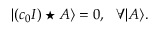
| ( c _ { 0 } I ) \star A \rangle = 0 , \ \ \forall | A \rangle .